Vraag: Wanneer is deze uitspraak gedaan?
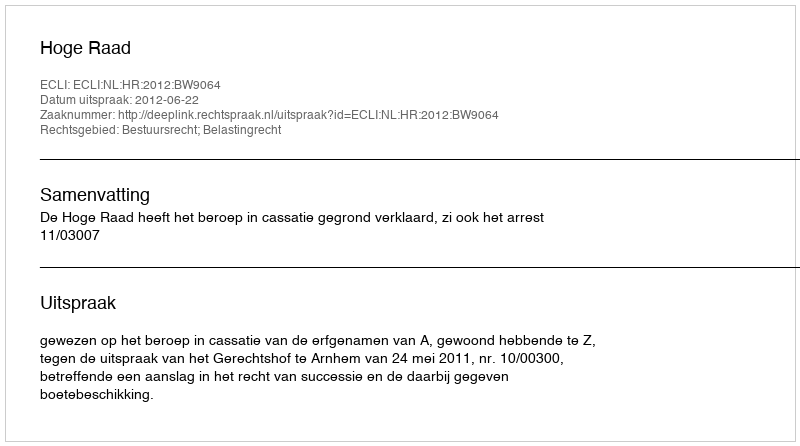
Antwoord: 2012-06-22